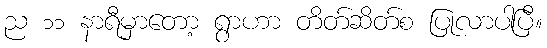
ည ၁၁ နာရီမှာတော့ ရွာဟာ တိတ်ဆိတ်စ ပြုလာပါပြီ။